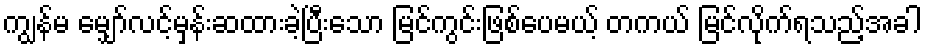
ကျွန်မ မျှော်လင့်မှန်းဆထားခဲ့ပြီးသော မြင်ကွင်းဖြစ်ပေမယ့် တကယ် မြင်လိုက်ရသည့်အခါ